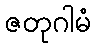
ဇတုဂါမံ